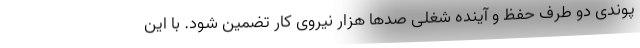
پوندی دو طرف حفظ و آینده شغلی صدها هزار نیروی کار تضمین شود. با این